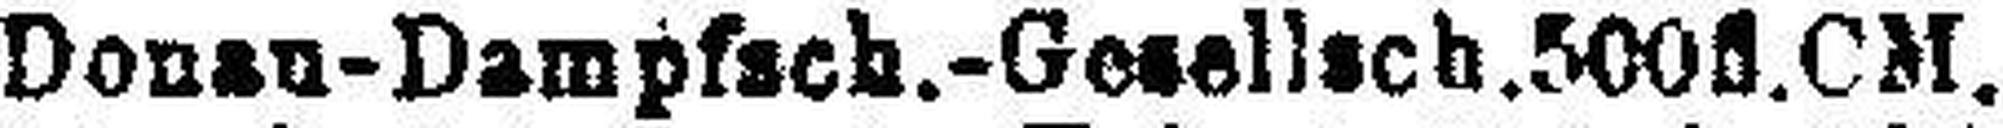
Donau-Dampfach.-Gesellsch.500fl.CM.